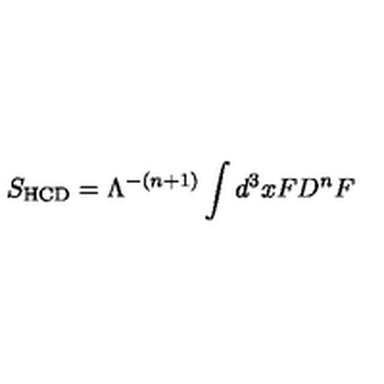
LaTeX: S _ { \mathrm { H C D } } = { \Lambda ^ { - ( n + 1 ) } } \int d ^ { 3 } x F D ^ { n } F